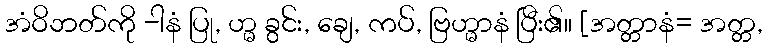
အံဝိဘတ်ကို -ါနံ ပြု, ဟ္မ ခွင်း, ချေ, ကပ်, ဗြဟ္မာနံ ပြီး၏။ [အတ္တာနံ= အတ္တ,